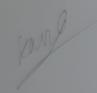
Signature authenticity: genuine